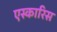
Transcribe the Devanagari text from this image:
एस्कारिस